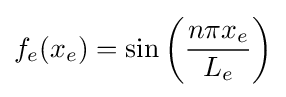
f_{e}(x_{e})=\sin \left({\frac {n\pi x_{e}}{L_{e}}}\right)